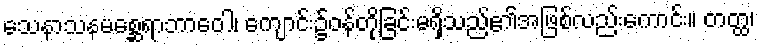
သေနာသနမစ္ဆေရာဘာဝေါ၊ ကျောင်း၌ဝန်တိုခြင်းမရှိသည်၏အဖြစ်လည်းကောင်း။ တတ္ထ၊